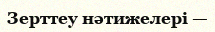
Зерттеу нәтижелері —